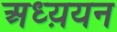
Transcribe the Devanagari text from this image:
अध्य़यन